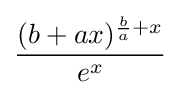
{\frac {(b+ax)^{{\frac {b}{a}}+x}}{e^{x}}}